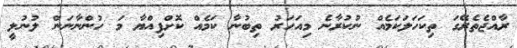
ރާއްޖެތެރޭގަ ތިކަހަލަކަމެއް ނުކުރާނެ މިއަހަރު ތިބުނާ ކަމެއް ކޮށްފިއްޔާ މަ ހުންނާނަން ލުނުލީ